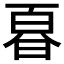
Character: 𭦚